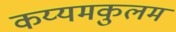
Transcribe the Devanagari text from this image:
कय्यमकुलम